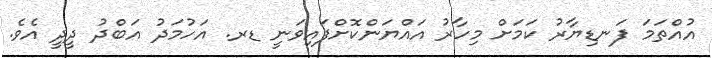
އުއްތަމަ ފަނޑިޔާރު ކަމަށް މިހާރު އައްޔަންކޮށްފައިވަނީ ޑރ. އަހުމަދު އަބްދު ދީދީ އެވެ.